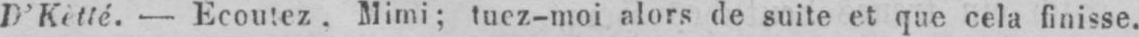
D’Kètté. - Écoutez. Mimi; tuez-moi alors de suite et que cela finisse.